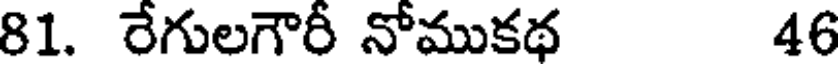
81. రేగులగౌరీ నోముకథ 46